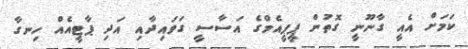
ކަމަށް އެއީ ގާނޫނީ ގޮތުން ޕީޕީއެމްގެ އަސާސީ ގަވައިދާއި އަދި ޕާޓީއެއް ހިނގާ